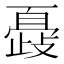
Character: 𣦞